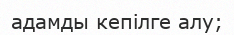
адамды кепілге алу;